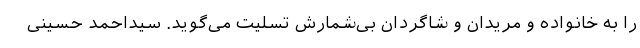
را به خانواده و مریدان و شاگردان بی‌شمارش تسلیت می‌گوید. سیداحمد حسینی